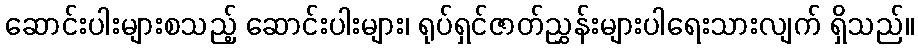
ဆောင်းပါးများစသည့် ဆောင်းပါးများ၊ ရုပ်ရှင်ဇာတ်ညွှန်းများပါရေးသားလျက် ရှိသည်။